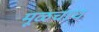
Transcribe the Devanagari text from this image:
मूळचाच